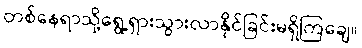
တစ်နေရာသို့ရွေ့ရှားသွားလာနိုင်ခြင်းမရှိကြချေ။